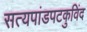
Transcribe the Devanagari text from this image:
सत्यपांडपटकुविंद